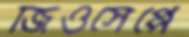
জিওসেপ্পে